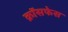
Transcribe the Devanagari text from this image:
क्रॉसफेस